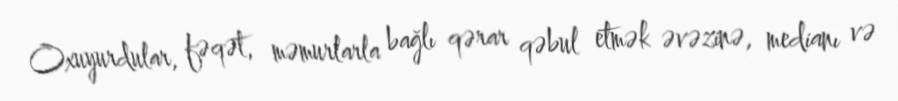
Oxuyurdular, fəqət, məmurlarla bağlı qərar qəbul etmək əvəzinə, medianı və